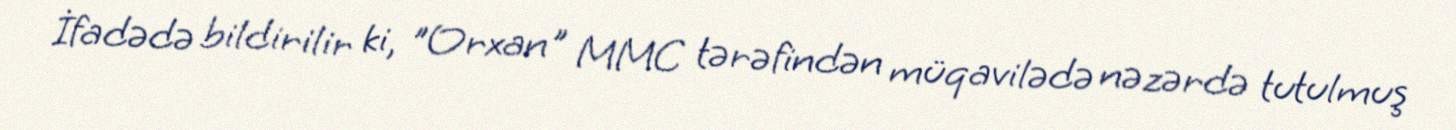
İfadədə bildirilir ki, "Orxan" MMC tərəfindən müqavilədə nəzərdə tutulmuş